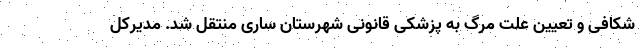
شکافی و تعیین علت مرگ به پزشکی قانونی شهرستان ساری منتقل شد. مدیرکل